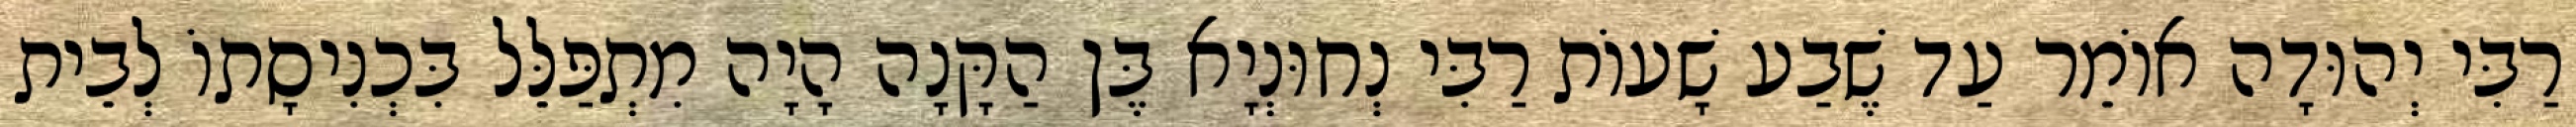
רַבִּי יְהוּדָה אוֹמֵר עַד שֶׁבַע שָׁעוֹת רַבִּי נְחוּנְיָא בֶּן הַקָּנָה הָיָה מִתְפַּלֵּל בִּכְנִיסָתוֹ לְבֵית